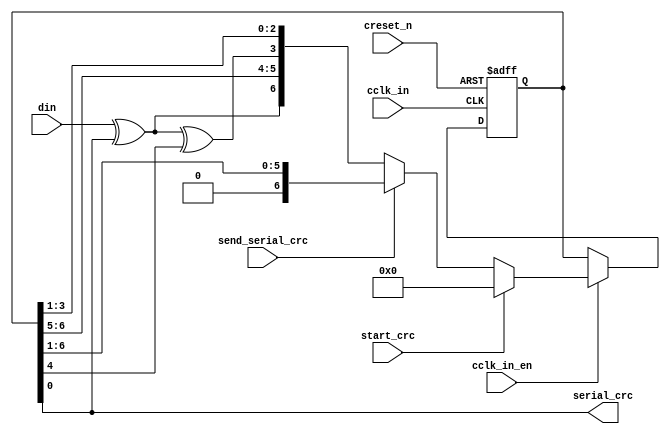
module DWC_mobile_storage_crc7
  (
   /*AUTOARG*/
  // Outputs
  serial_crc,
  // Inputs
  cclk_in, cclk_in_en, creset_n, start_crc, send_serial_crc, din
  );

  // --------------------------------------
  // Input and Output Port Declaration
  // --------------------------------------
  input        cclk_in;        // Card Clock Signal
  input        cclk_in_en;     // Card Clock enable Signal
  input        creset_n;       // Card Side async Reset Signal
  input        start_crc;      // Start CRC Generation
  input        send_serial_crc;// Send generated CRC serially out
  input        din;            // Data Input

  output       serial_crc;     // Serial CRC7 Output

  // --------------------------------------
  // Reg/Wire Declaration
  // --------------------------------------
  reg    [6:0] crc_reg;        // CRC7 register
  wire   [6:0] crc_w;          // CRC7 wire
  wire         bit6;           // Temporary Signal

  // CRC7 Generation register logic
  always @ (posedge cclk_in or negedge creset_n)
    begin
      if (~creset_n) begin
        crc_reg <= 7'h0;
      end else begin
        if (cclk_in_en) begin
          crc_reg <= crc_w;
        end else begin
          crc_reg <= crc_reg;
        end
      end
    end

  //crc7 generation combinational logic
  assign crc_w       = (start_crc) ? 7'h0 : (send_serial_crc) ?
                       {1'b0,crc_reg[6:1]} :
                       {bit6,crc_reg[6:5],(bit6^crc_reg[4]),crc_reg[3:1]};
  assign bit6        = din ^ crc_reg[0];
  assign serial_crc  = crc_reg[0];
endmodule